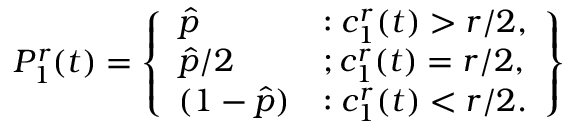
P _ { 1 } ^ { r } ( t ) = \left\{ \begin{array} { l l } { \hat { p } } & { : c _ { 1 } ^ { r } ( t ) > r / 2 , } \\ { \hat { p } / 2 } & { ; c _ { 1 } ^ { r } ( t ) = r / 2 , } \\ { ( 1 - \hat { p } ) } & { : c _ { 1 } ^ { r } ( t ) < r / 2 . } \end{array} \right\}